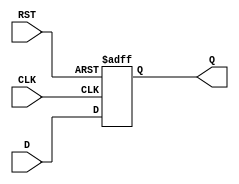
module flip_flop_register #(
    parameter WIDTH = 8 // Width of the register (number of flip-flops)
) (
    input wire [WIDTH-1:0] D,  // Data input
    input wire CLK,             // Clock input
    input wire RST,             // Asynchronous reset
    output reg [WIDTH-1:0] Q    // Data output
);

// Asynchronous reset and clock edge-triggered behavior
always @(posedge CLK or posedge RST) begin
    if (RST) begin
        Q <= 0; // Reset the register to 0
    end else begin
        Q <= D; // Capture data on the rising edge of clock
    end
end

endmodule